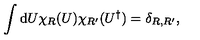
\int \mathrm { d } U \chi _ { R } ( U ) \chi _ { R ^ { \prime } } ( U ^ { \dagger } ) = \delta _ { R , R ^ { \prime } } ,